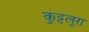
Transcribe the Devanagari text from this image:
कुट्टलूरा